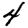
Digit: 4